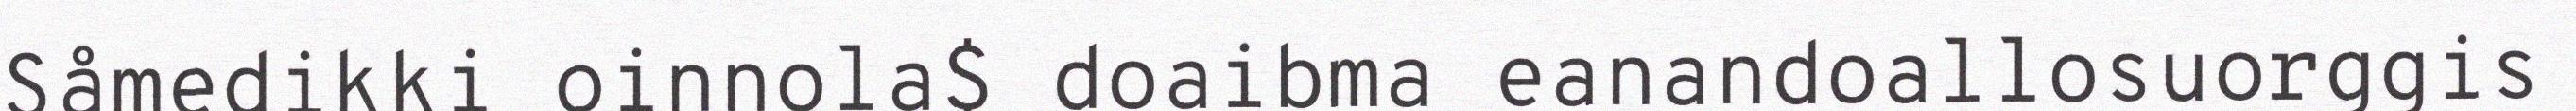
Såmedikki oinnola$ doaibma eanandoallosuorggis